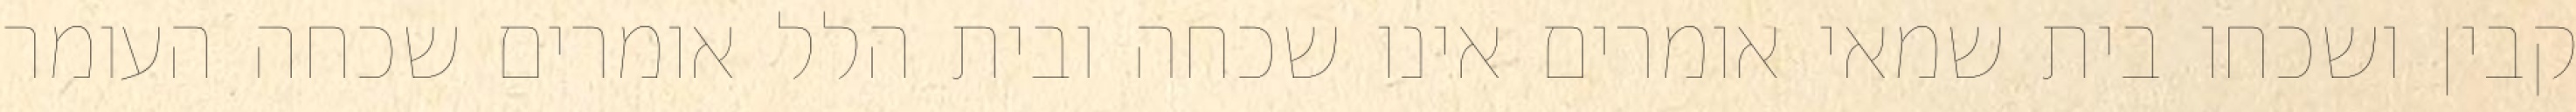
קבין ושכחו בית שמאי אומרים אינו שכחה ובית הלל אומרים שכחה העומר